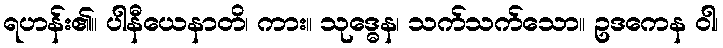
ရဟန်း၏။ ပါနီယေနာတိ၊ ကား။ သုဒ္ဓေန၊ သက်သက်သော။ ဥဒကေန ဝါ၊